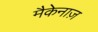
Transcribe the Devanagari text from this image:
मैकेनाज़